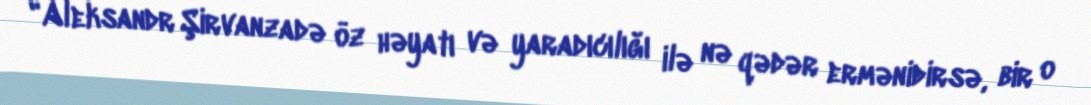
"Aleksandr Şirvanzadə öz həyatı və yaradıcılığı ilə nə qədər ermənidirsə, bir o